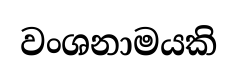
වංශනාමයකි